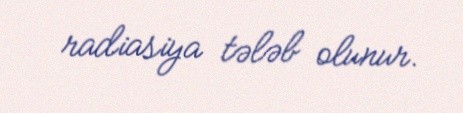
radiasiya tələb olunur.